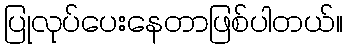
ပြုလုပ်ပေးနေတာဖြစ်ပါတယ်။